Leaving Certificate Examination (including Day School Certificate (Higher) General paper), 1939
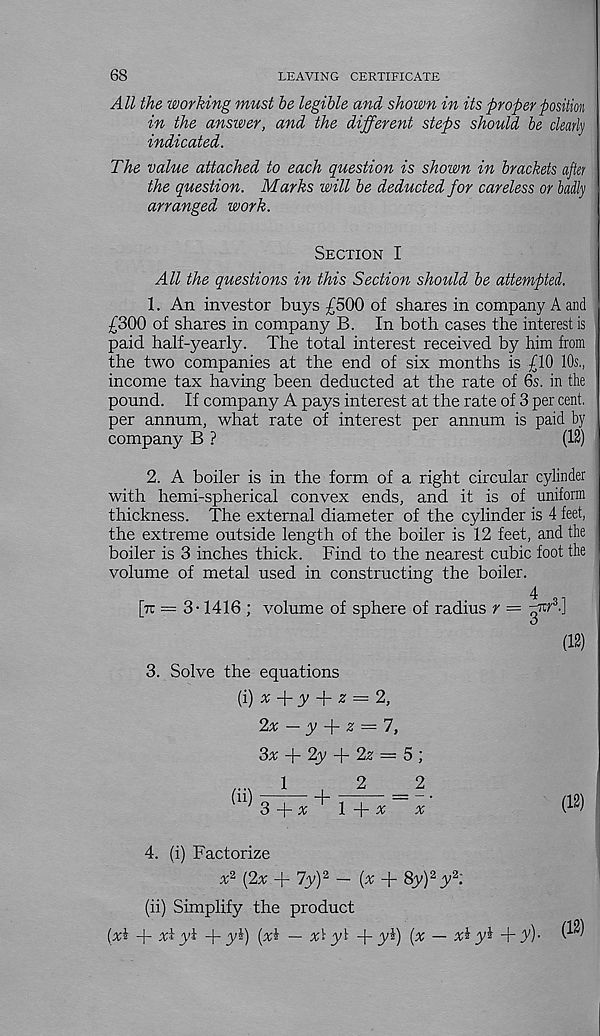
68
LEAVING CERTIFICATE
All the working must be legible and shown in its proper position
in the answer, and the different steps should be dearly
indicated.
The value attached to each question is shown in brackets after
the question. Marks will be deducted for careless or badly
arranged work.
Section I
All the questions in this Section should be attempted.
1. An investor buys £500 of shares in company A and
£300 of shares in company B. In both cases the interest is
paid half-yearly. The total interest received by him from
the two companies at the end of six months is £10 10s.,
income tax having been deducted at the rate of 6s. in the
pound. If company A pays interest at the rate of 3 per cent,
per annum, what rate of interest per annum is paid by
company B ?
(12)
2. A boiler is in the form of a right circular cylinder
with hemi-spherical convex ends, and it is of uniform
thickness. The external diameter of the cylinder is 4 feet,
the extreme outside length of the boiler is 12 feet, and the
boiler is 3 inches thick. Find to the nearest cubic foot the
volume of metal used in constructing the boiler.
4 si
[tt = 3-1416 ; volume of sphere of radius r =
d
(12)
3. Solve the equations
(i) * + y + 2 = 2,
2x ~ y
z = l,
3x
2y
2z — 5 ;
..1
2
2
^ 3 -P x
1 ff x
x
(12)
4. (i) Factorize
{2x + 7y) 2 ~ (^ + 8y) 2 y 2 ;
(ii) Simplify the product
(xi + xi yi + yi) (xi — xi y'c -)- y£) {x — x^ y% + fV)-